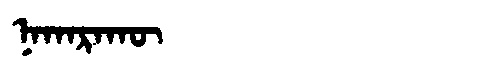
Manchu: ᠨᠠᡴᠠᡵᠠᡴᡡ
Romanization: NAKARAKŪ